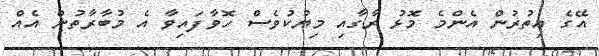
އޭގެ އިތުރުން އެންމެ މޮޅު ރާގާއި މިޔުކުވެސް ހޮވާފައިވާ އެ މުބާރާތުން އެއް